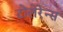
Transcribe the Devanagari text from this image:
टोलेरेन्स